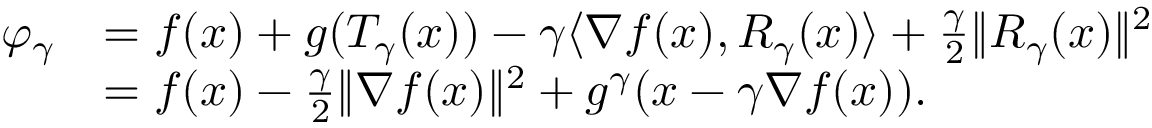
\begin{array} { r l } { \varphi _ { \gamma } } & { = f ( x ) + g ( T _ { \gamma } ( x ) ) - \gamma \langle \nabla f ( x ) , R _ { \gamma } ( x ) \rangle + \frac { \gamma } { 2 } \| R _ { \gamma } ( x ) \| ^ { 2 } } \\ & { = f ( x ) - \frac { \gamma } { 2 } \| \nabla f ( x ) \| ^ { 2 } + g ^ { \gamma } ( x - \gamma \nabla f ( x ) ) . } \end{array}